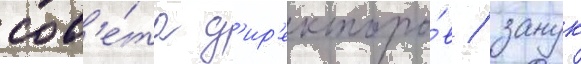
сов'е́та д'ир'екторо́в / занук